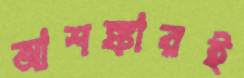
আশঙ্কারই